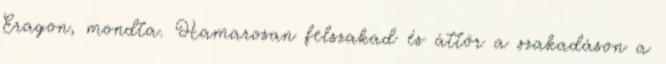
Eragon, mondta. Hamarosan felszakad és áttör a szakadáson a